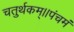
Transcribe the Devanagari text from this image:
चतुर्थकम्।।पंचमं